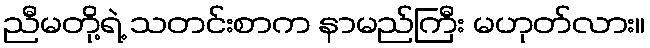
ညီမတို့ရဲ့ သတင်းစာက နာမည်ကြီး မဟုတ်လား။